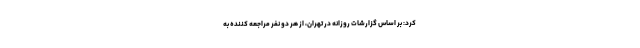
کرد: بر اساس گزارشات روزانه در تهران، از هر دو نفر مراجعه کننده به